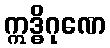
ဣဒ္ဓိဂုဏေ